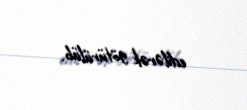
edilərək götürülüb.